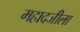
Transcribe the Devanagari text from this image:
महादजीला